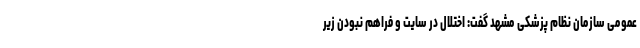
عمومی سازمان نظام پزشکی مشهد گفت: اختلال در سایت و فراهم نبودن زیر